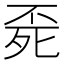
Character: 𣨀